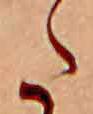
た